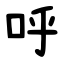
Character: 呼